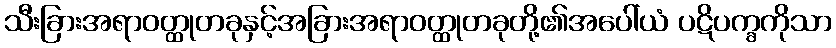
သီးခြားအရာဝတ္ထုတခုနှင့်အခြားအရာဝတ္ထုတခုတို့၏အပေါ်ယံ ပဋိပက္ခကိုသာ